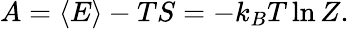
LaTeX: A=\langle E\rangle-TS=-k_{B}T\ln Z.